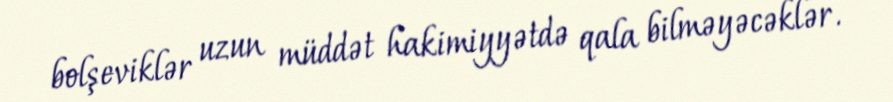
bolşeviklər uzun müddət hakimiyyətdə qala bilməyəcəklər.